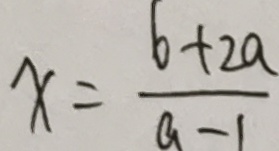
x = \frac { 6 + 2 a } { a - 1 }